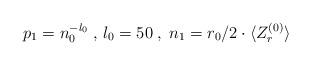
LaTeX: \begin{align*}p_1=n_0^{-l_0}\;,\,l_0=50\;,\;n_1=r_0/2\cdot\langle Z_r^{(0)}\rangle\end{align*}